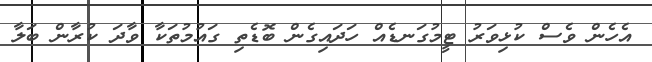
އެހެން ވެސް ކުޅިވަރު ޓީމުގަނޑެއް ހަދައިގެން ބޮޑެތި ގައުމުތަކާ ވާދަ ކުރާން ބަލާ